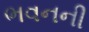
ભવનની